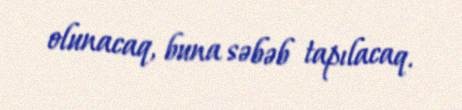
olunacaq, buna səbəb tapılacaq.